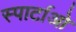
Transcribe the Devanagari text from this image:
स्पार्टाओ